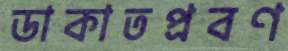
ডাকাতপ্রবণ